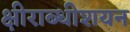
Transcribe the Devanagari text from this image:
क्षीराब्धीशयन